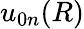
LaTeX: u_{0n}(R)